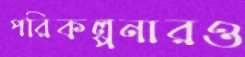
পরিকল্পনারও